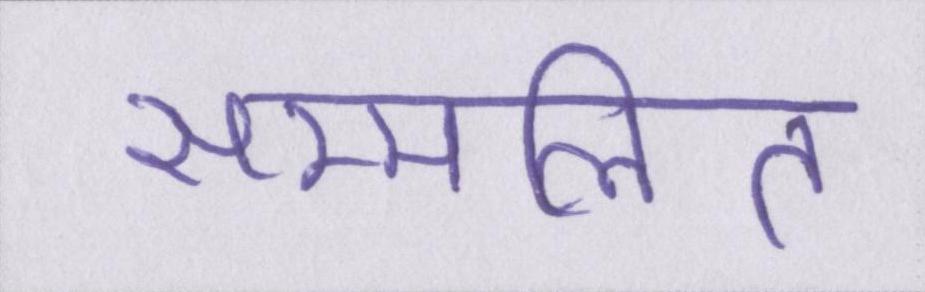
सम्मलित